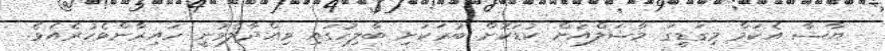
ޔާޝާ އެކަމް މިގަޑީގަ މާޝަލްއަށް ކުޑަކޮށް ބުރަކަށި ބާލިހުގައި ވިއްދާލެވުނީ ހައިރާންވެހުރެއެވެ.